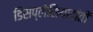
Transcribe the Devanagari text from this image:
डिसप्लेसियादांतों